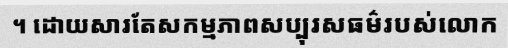
។ ដោយសារតែសកម្មភាពសប្បុរសធម៌របស់លោក